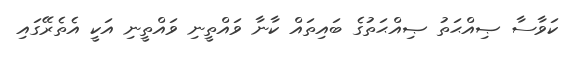
ކަވާސާ ޞިއްޙަތު ޞިއްޙަތުގެ ބައިތައް ކާނާ ވައްތީނި ވައްތީނި އަކީ އެތެރޭގައި